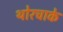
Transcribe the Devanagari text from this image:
थोरचाके